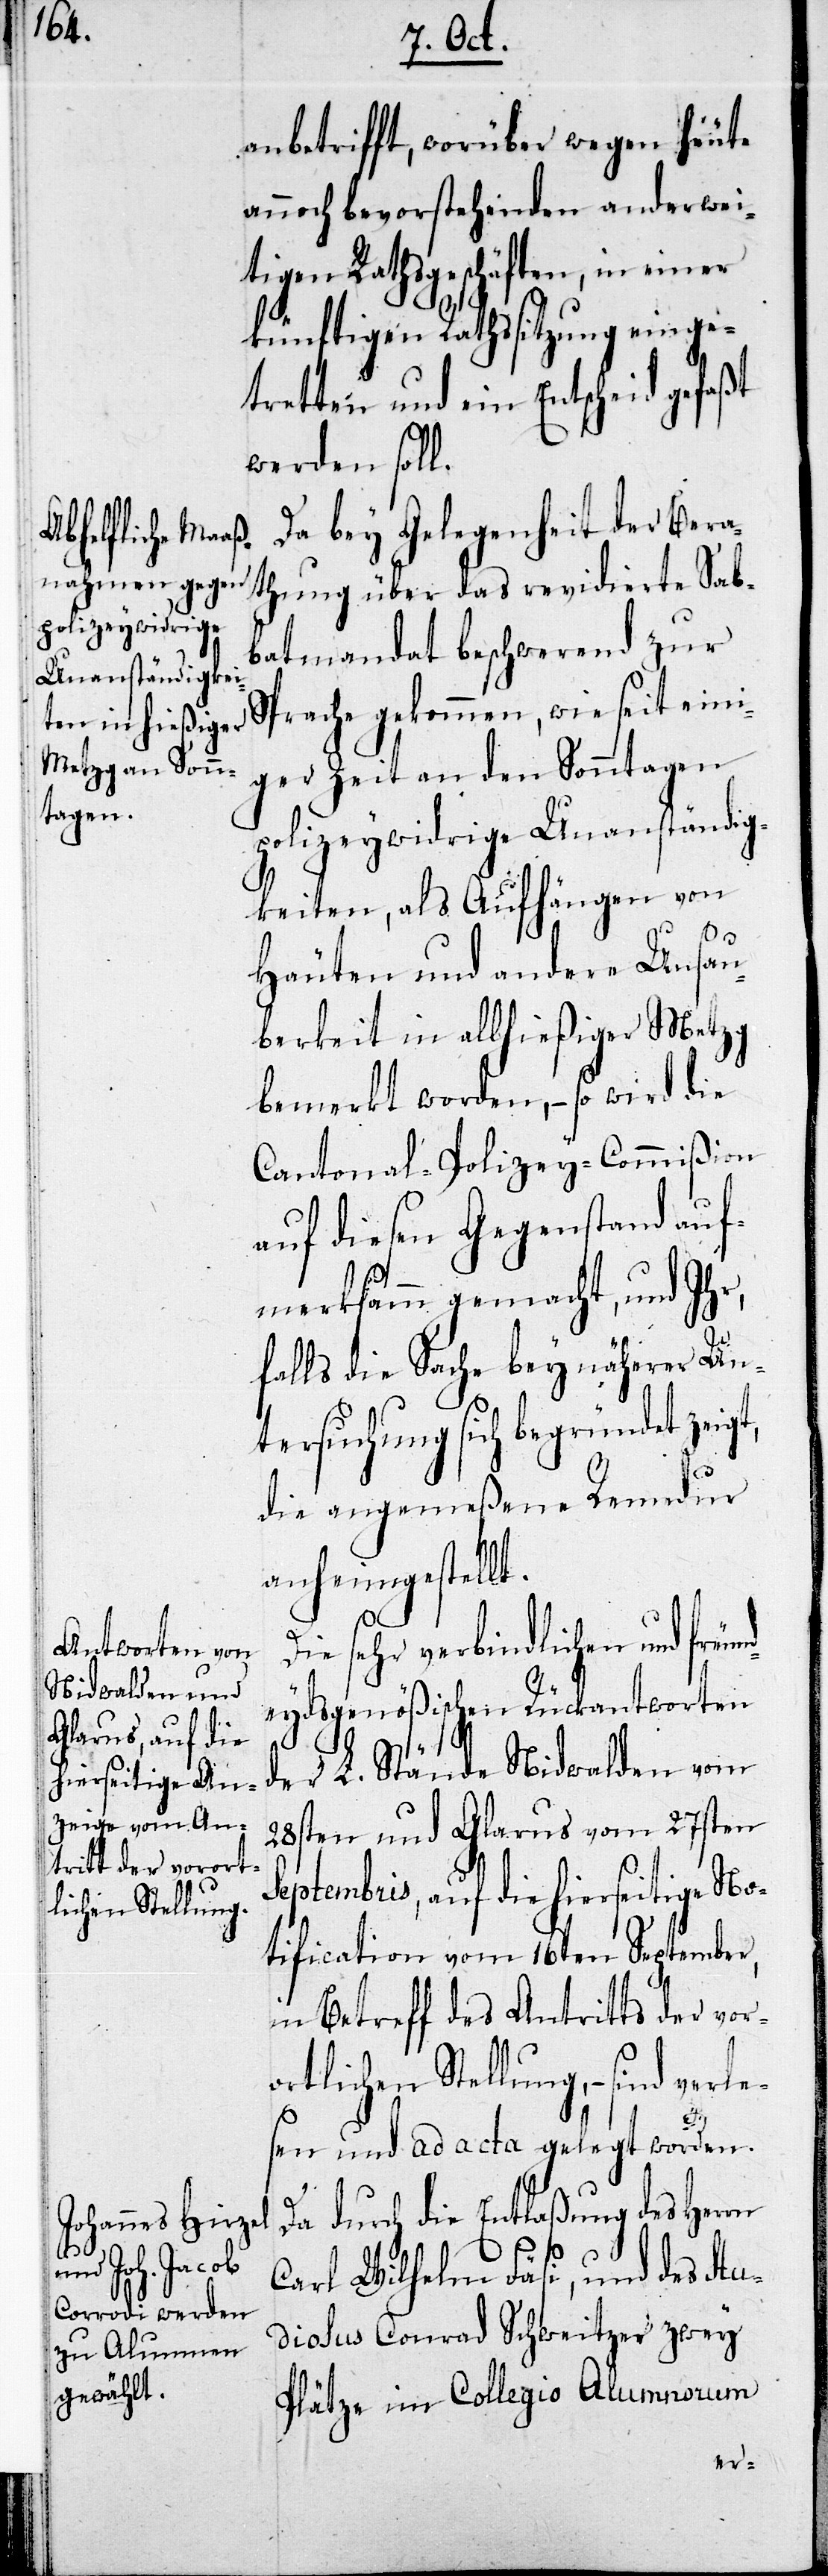
lichen Stellung,
ort¬

anbetrifft, worüber wegen heute
annoch bevorstehenden anderwei¬
tigen Rathsgeschäften, in einer
künftigen Rathssitzung einge¬
tretten und ein Entscheid gefaßt
werden soll.
Da bey Gelegenheit der Bera¬
thung über das revidierte Sab¬
batmandat beschwerend zur
Sprache gekommen, wie seit eini¬
ger Zeit an den Sonntagen
polizeywidrige Unanständig¬
keiten, als Aufhängen von
Häuten und andere Unsau¬
berkeit in allhießiger Metzg
bemerkt worden, – so wird die
Cantonal-Polizey-Commißion
auf diesen Gegenstand auf¬
merksamm gemacht, und Ihr,
falls die Sache bey näherer Un¬
tersuchung sich begründet zeigt,
die angemeßene Remedur
anheimgestellt.
ie sehr verbindlichen und freu¬
eydsgenößischen Rückantworten
der L. Stände Nidwalden vom
28sten und Glarus vom 27sten
Septembris, auf die hierseitige No¬
tification vom 16ten September,
in Betreff des Antritts der vor¬
D¬
sen und ad acta gelegt worden.
Da durch die Entlaßung des Herrn
Carl Wilhelm Fäsi, und des Stu¬
diosus Conrad Schweitzer zwey
Plätze im Collegio Alumnorum
verle¬